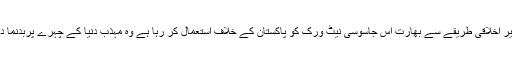
جس غیر اخلاقی طریقے سے بھارت اس جاسوسی نیٹ ورک کو پاکستان کے خلاف استعمال کر رہا ہے وہ مہذب دنیا کے چہرے پربدنما داغ ہے۔